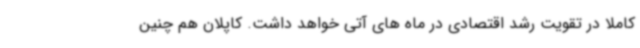
کاملا در تقویت رشد اقتصادی در ماه های آتی خواهد داشت. کاپلان هم چنین